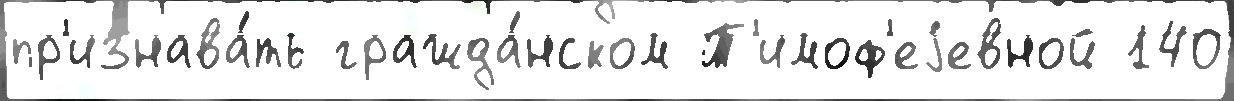
пр'изнава́ть гражда́нском Т'имоф'еjевной 140